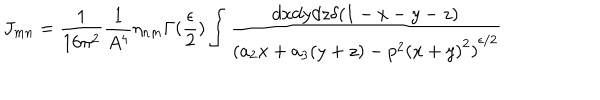
J _ { m n } = \frac { 1 } { 1 6 \pi ^ { 2 } } \frac { 1 } { A ^ { 4 } } \eta _ { n m } \Gamma ( \frac { \epsilon } { 2 } ) \int \frac { d x d y d z \delta ( 1 - x - y - z ) } { { ( a _ { 2 } x + a _ { 3 } ( y + z ) - p ^ { 2 } { ( x + y ) } ^ { 2 } ) } ^ { \epsilon / 2 } }